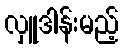
လှူဒါန်းမည့်